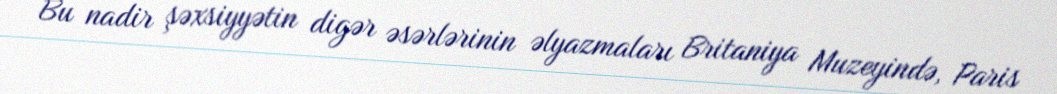
Bu nadir şəxsiyyətin digər əsərlərinin əlyazmaları Britaniya Muzeyində, Paris